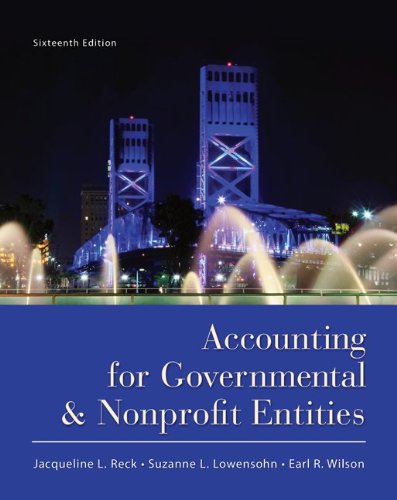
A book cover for Accounting for Governmental and Nonprofit Entities; Jacqueline Reck; Business & Money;